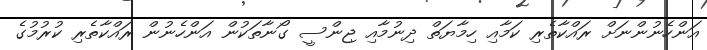
އަންހެނުންނަށް ރައްކާތެރި ކަމާއި ހިމާޔަތް ދިނުމާއި ޖިންސީ ގޯނާތަކުން އަންހެނުން ރައްކާތެރި ކުރުމުގެ